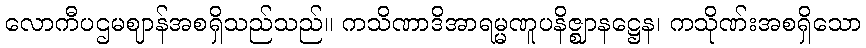
လောကီပဌမဈာန်အစရှိသည်သည်။ ကသိဏာဒိအာရမ္မဏူပနိဇ္ဈာနဋ္ဌေန၊ ကသိုဏ်းအစရှိသော